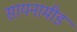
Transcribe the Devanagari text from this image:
सायनामीड